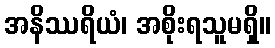
အနိဿရိယံ၊ အစိုးရသူမရှိ။